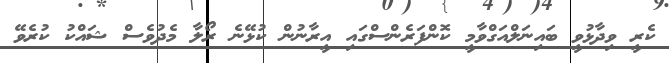
ކެރީ ވިދާޅުވީ ބައިނަލްއަގްވާމީ ކޮންފަރެންސްގައި އީރާނުން ކުޅޭނެ ރޯލާ މެދުވެސް ޝައްކު ކުރެވޭ